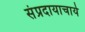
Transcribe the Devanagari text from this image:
संप्रदायाचार्य